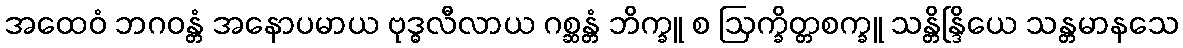
အထေဝံ ဘဂဝန္တံ အနောပမာယ ဗုဒ္ဓလီလာယ ဂစ္ဆန္တံ ဘိက္ခူ စ ဩက္ခိတ္တစက္ခူ သန္တိန္ဒြိယေ သန္တမာနသေ